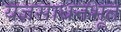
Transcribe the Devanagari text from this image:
यज्ञसाधनभूत